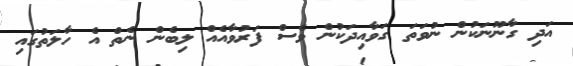
އަދި ގާނޫނަކުން ނުވަތަ ގަވާއިދަކުން ވެސް ފަރުވާއެއް ލިބެން ނެތް އެ ހާލަތުގައި